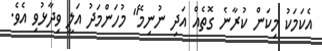
އެކަމަކު މިކަން ކުރާނެ ގޮތެއް އަދި ނުނިމޭ" މުހަންމަދު އަލީ ވިދާޅުވި އެވެ.